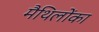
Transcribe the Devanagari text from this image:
मैथिलोंका